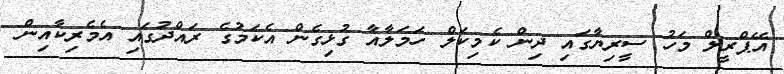
އޭޕްރީލް މަހު ސީރިޔާގައި ދިން ކެމިކަލް ހަަމަލާއާ ގުޅިގެން އެކަމުގެ ރައްދުގައި އެމެރިކާއިން